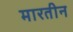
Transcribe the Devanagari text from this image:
मारतीन